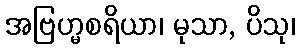
အဗြဟ္မစရိယာ၊ မုသာ, ပိသု၊